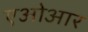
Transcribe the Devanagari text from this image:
एओआर